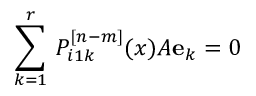
\sum _ { k = 1 } ^ { r } \, { \cal P } _ { i 1 k } ^ { [ n - m ] } ( x ) A { \bf e } _ { k } = 0